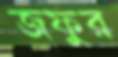
জফুর